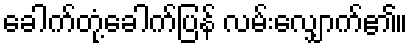
ခေါက်တုံ့ခေါက်ပြန် လမ်းလျှောက်၏။